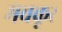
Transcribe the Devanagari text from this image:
मचकूर